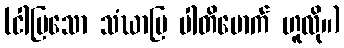
(ငါပြသော သံဃာပြ ပါတိမောက် ဟူလို။)